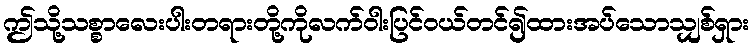
ဤသို့သစ္စာလေးပါးတရားတို့ကိုလက်ဝါးပြင်ဝယ်တင်၍ထားအပ်သောသျှစ်ရှား